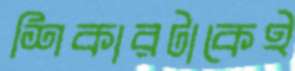
শিকারটাকেই